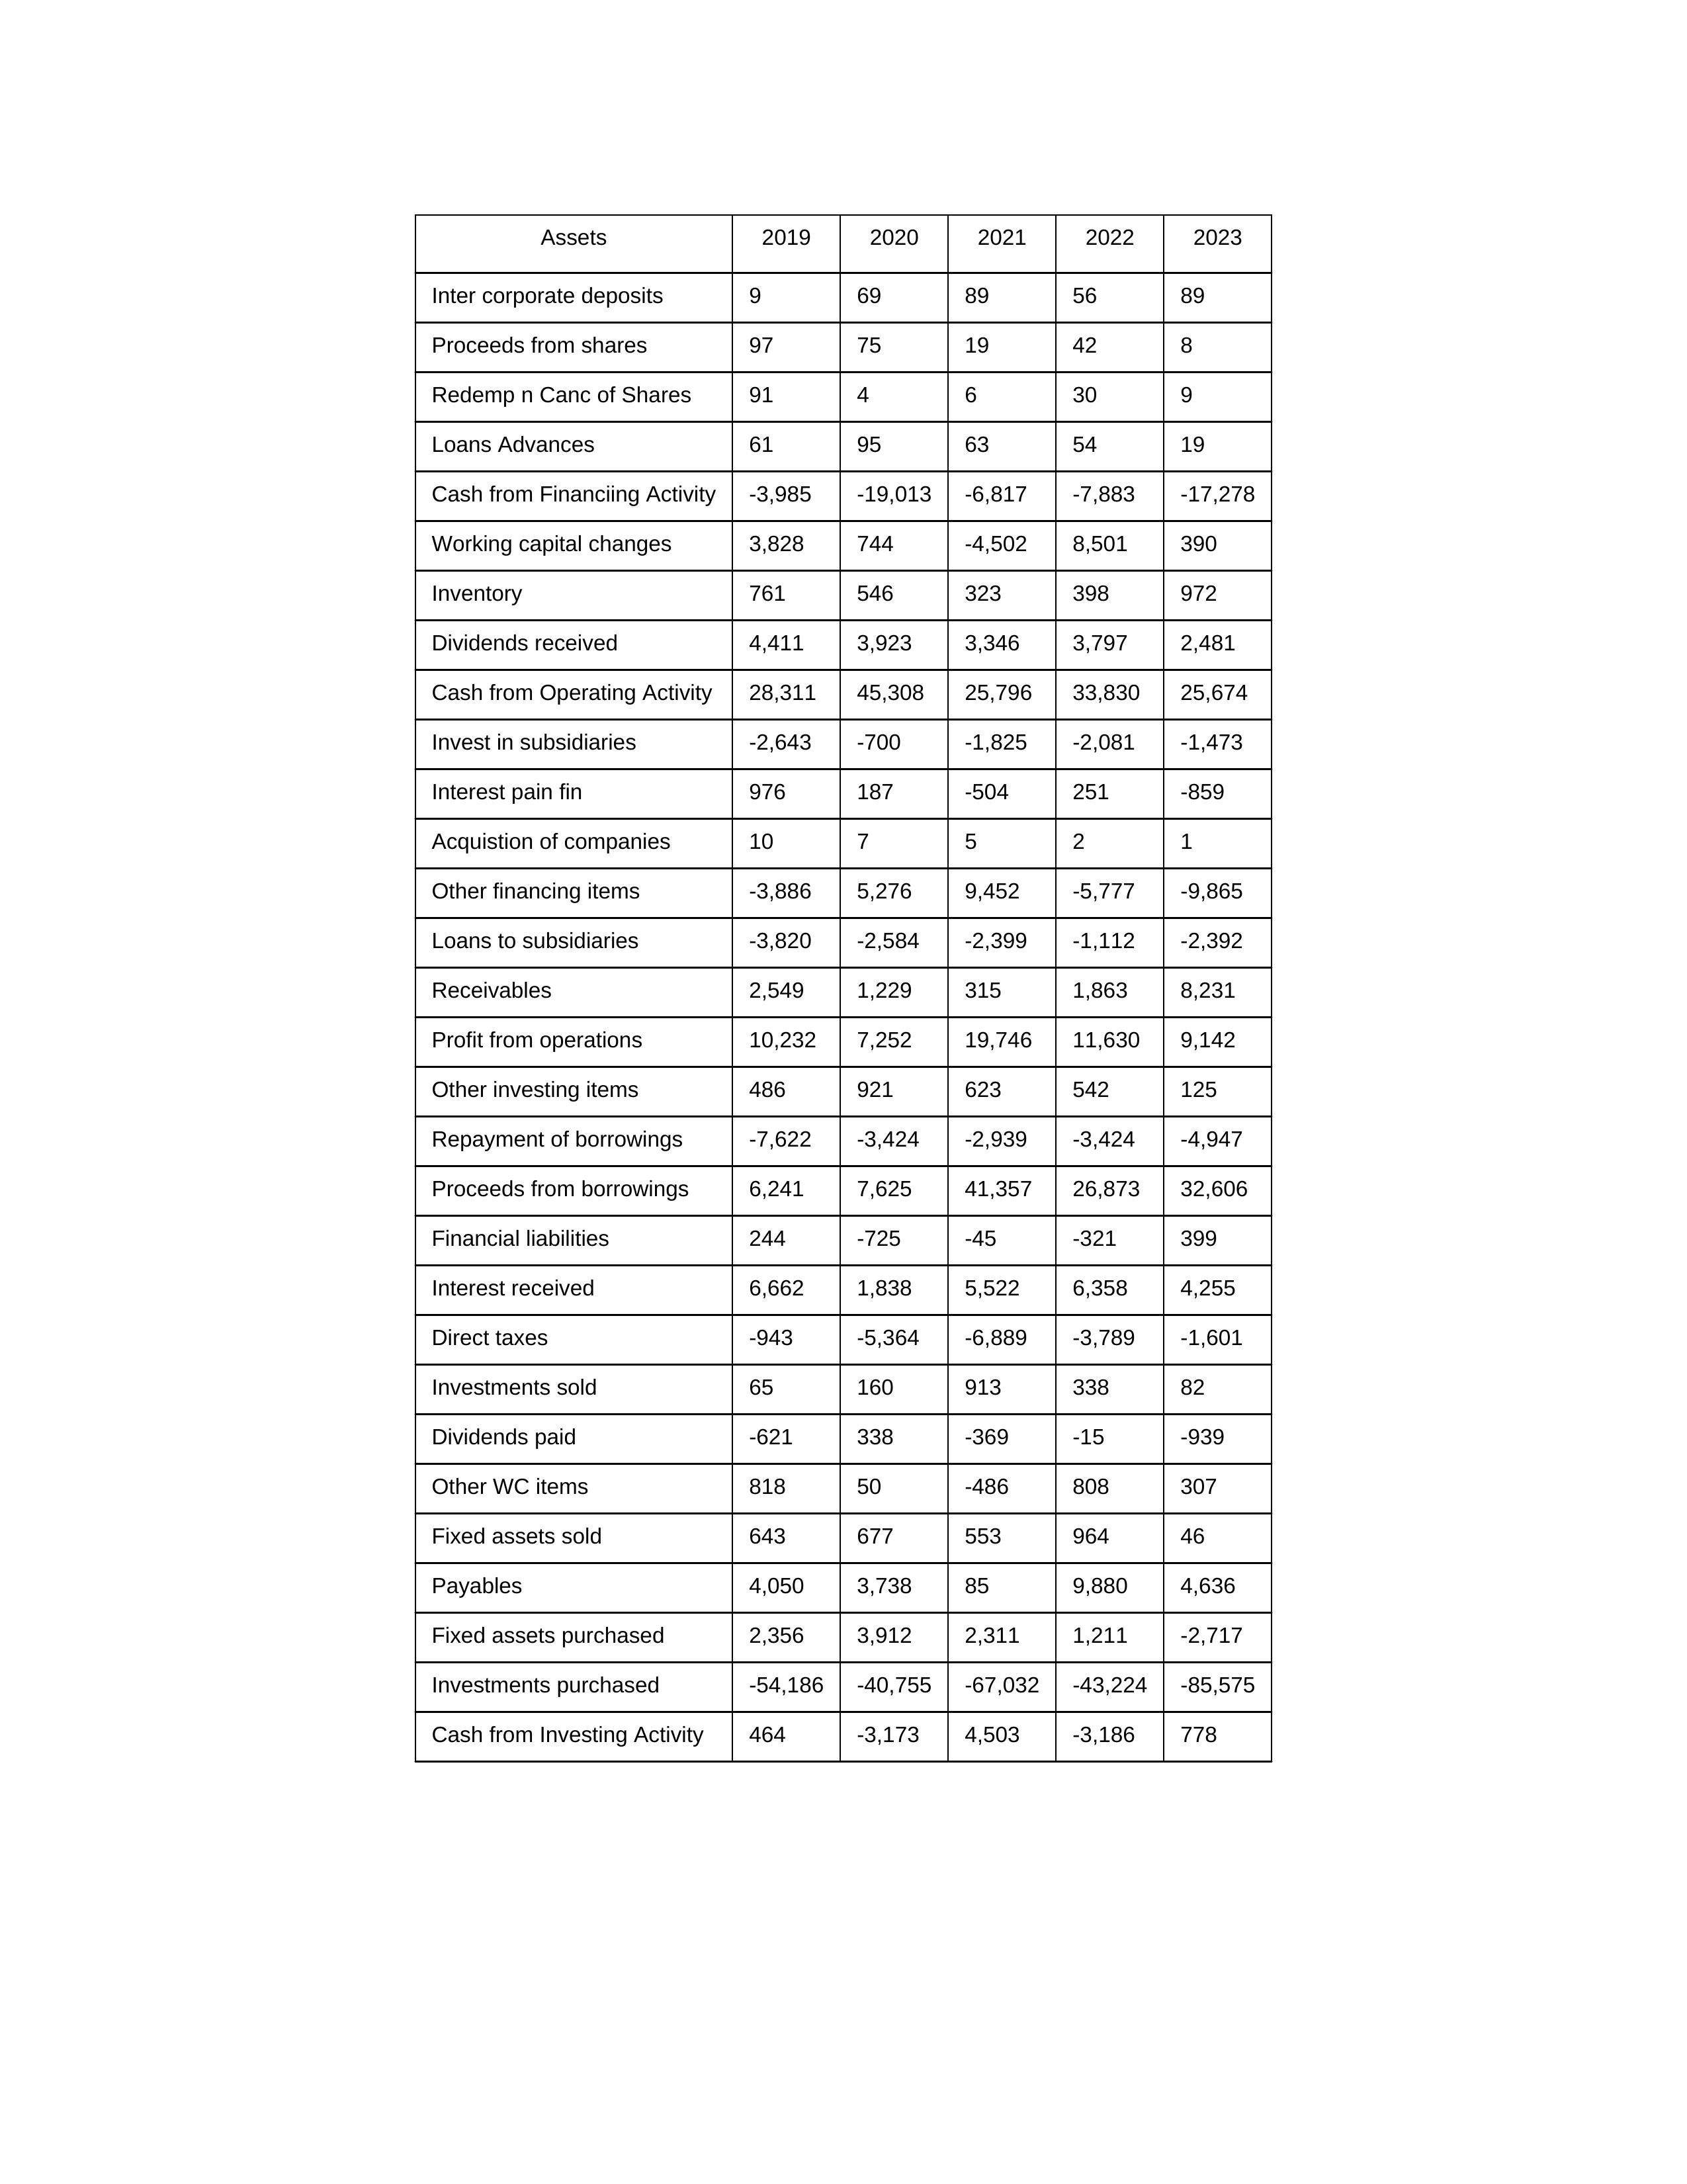
gt_parse: 2019: Cash from Operating Activity: 28,311
Profit from operations: 10,232
Receivables: 2,549
Inventory: 761
Payables: 4,050
Loans Advances: 61
Other WC items: 818
Working capital changes: 3,828
Direct taxes: -943
Cash from Investing Activity: 464
Fixed assets purchased: 2,356
Fixed assets sold: 643
Investments purchased: -54,186
Investments sold: 65
Interest received: 6,662
Dividends received: 4,411
Invest in subsidiaries: -2,643
Loans to subsidiaries: -3,820
Redemp n Canc of Shares: 91
Acquistion of companies: 10
Inter corporate deposits: 9
Other investing items: 486
Cash from Financiing Activity: -3,985
Proceeds from shares: 97
Proceeds from borrowings: 6,241
Repayment of borrowings: -7,622
Interest pain fin: 976
Dividends paid: -621
Financial liabilities: 244
Other financing items: -3,886
2020: Cash from Operating Activity: 45,308
Profit from operations: 7,252
Receivables: 1,229
Inventory: 546
Payables: 3,738
Loans Advances: 95
Other WC items: 50
Working capital changes: 744
Direct taxes: -5,364
Cash from Investing Activity: -3,173
Fixed assets purchased: 3,912
Fixed assets sold: 677
Investments purchased: -40,755
Investments sold: 160
Interest received: 1,838
Dividends received: 3,923
Invest in subsidiaries: -700
Loans to subsidiaries: -2,584
Redemp n Canc of Shares: 4
Acquistion of companies: 7
Inter corporate deposits: 69
Other investing items: 921
Cash from Financiing Activity: -19,013
Proceeds from shares: 75
Proceeds from borrowings: 7,625
Repayment of borrowings: -3,424
Interest pain fin: 187
Dividends paid: 338
Financial liabilities: -725
Other financing items: 5,276
2021: Cash from Operating Activity: 25,796
Profit from operations: 19,746
Receivables: 315
Inventory: 323
Payables: 85
Loans Advances: 63
Other WC items: -486
Working capital changes: -4,502
Direct taxes: -6,889
Cash from Investing Activity: 4,503
Fixed assets purchased: 2,311
Fixed assets sold: 553
Investments purchased: -67,032
Investments sold: 913
Interest received: 5,522
Dividends received: 3,346
Invest in subsidiaries: -1,825
Loans to subsidiaries: -2,399
Redemp n Canc of Shares: 6
Acquistion of companies: 5
Inter corporate deposits: 89
Other investing items: 623
Cash from Financiing Activity: -6,817
Proceeds from shares: 19
Proceeds from borrowings: 41,357
Repayment of borrowings: -2,939
Interest pain fin: -504
Dividends paid: -369
Financial liabilities: -45
Other financing items: 9,452
2022: Cash from Operating Activity: 33,830
Profit from operations: 11,630
Receivables: 1,863
Inventory: 398
Payables: 9,880
Loans Advances: 54
Other WC items: 808
Working capital changes: 8,501
Direct taxes: -3,789
Cash from Investing Activity: -3,186
Fixed assets purchased: 1,211
Fixed assets sold: 964
Investments purchased: -43,224
Investments sold: 338
Interest received: 6,358
Dividends received: 3,797
Invest in subsidiaries: -2,081
Loans to subsidiaries: -1,112
Redemp n Canc of Shares: 30
Acquistion of companies: 2
Inter corporate deposits: 56
Other investing items: 542
Cash from Financiing Activity: -7,883
Proceeds from shares: 42
Proceeds from borrowings: 26,873
Repayment of borrowings: -3,424
Interest pain fin: 251
Dividends paid: -15
Financial liabilities: -321
Other financing items: -5,777
2023: Cash from Operating Activity: 25,674
Profit from operations: 9,142
Receivables: 8,231
Inventory: 972
Payables: 4,636
Loans Advances: 19
Other WC items: 307
Working capital changes: 390
Direct taxes: -1,601
Cash from Investing Activity: 778
Fixed assets purchased: -2,717
Fixed assets sold: 46
Investments purchased: -85,575
Investments sold: 82
Interest received: 4,255
Dividends received: 2,481
Invest in subsidiaries: -1,473
Loans to subsidiaries: -2,392
Redemp n Canc of Shares: 9
Acquistion of companies: 1
Inter corporate deposits: 89
Other investing items: 125
Cash from Financiing Activity: -17,278
Proceeds from shares: 8
Proceeds from borrowings: 32,606
Repayment of borrowings: -4,947
Interest pain fin: -859
Dividends paid: -939
Financial liabilities: 399
Other financing items: -9,865